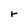
Character: r